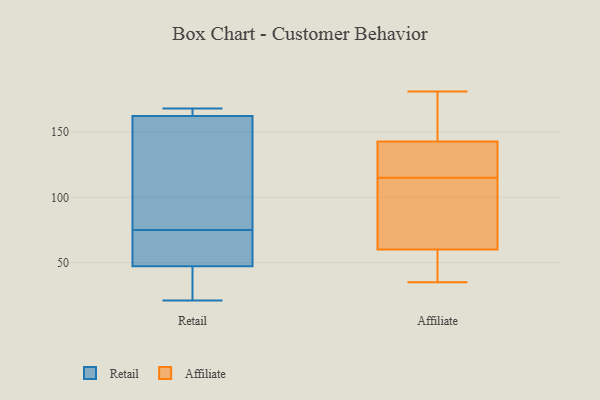
{"axis": {"x": "Production Output", "y": "Value"}, "legend": ["Affiliate", "Retail"], "data": [{"x": "", "y": 150, "type": "Retail"}, {"x": "", "y": 75, "type": "Retail"}, {"x": "", "y": 168, "type": "Retail"}, {"x": "", "y": 72, "type": "Retail"}, {"x": "", "y": 45, "type": "Retail"}, {"x": "", "y": 163, "type": "Retail"}, {"x": "", "y": 98, "type": "Retail"}, {"x": "", "y": 48, "type": "Retail"}, {"x": "", "y": 43, "type": "Retail"}, {"x": "", "y": 164, "type": "Retail"}, {"x": "", "y": 162, "type": "Retail"}, {"x": "", "y": 21, "type": "Retail"}, {"x": "", "y": 67, "type": "Retail"}, {"x": "", "y": 102, "type": "Affiliate"}, {"x": "", "y": 57, "type": "Affiliate"}, {"x": "", "y": 158, "type": "Affiliate"}, {"x": "", "y": 60, "type": "Affiliate"}, {"x": "", "y": 126, "type": "Affiliate"}, {"x": "", "y": 136, "type": "Affiliate"}, {"x": "", "y": 62, "type": "Affiliate"}, {"x": "", "y": 180, "type": "Affiliate"}, {"x": "", "y": 55, "type": "Affiliate"}, {"x": "", "y": 115, "type": "Affiliate"}, {"x": "", "y": 145, "type": "Affiliate"}, {"x": "", "y": 60, "type": "Affiliate"}, {"x": "", "y": 35, "type": "Affiliate"}, {"x": "", "y": 181, "type": "Affiliate"}, {"x": "", "y": 127, "type": "Affiliate"}]}